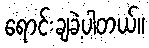
ရောင်းချခဲ့ပါတယ်။